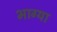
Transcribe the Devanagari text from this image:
भाग्या